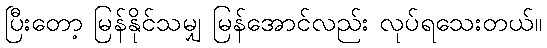
ပြီးတော့ မြန်နိုင်သမျှ မြန်အောင်လည်း လုပ်ရသေးတယ်။